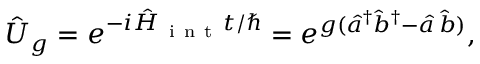
\hat { U } _ { g } = e ^ { - i \hat { H } _ { \mathrm { ~ i ~ n ~ t ~ } } t / \hbar } = e ^ { g ( \hat { a } ^ { \dag } \hat { b } ^ { \dag } - \hat { a } \, \hat { b } ) } ,